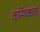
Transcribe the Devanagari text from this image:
कनिष्काचा